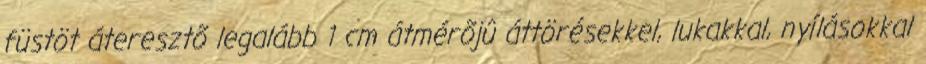
füstöt áteresztõ legalább 1 cm átmérõjû áttörésekkel, lukakkal, nyílásokkal